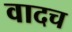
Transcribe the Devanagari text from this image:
वादच